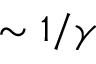
\sim 1 / \gamma